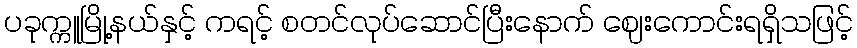
ပခုက္ကူမြို့နယ်နှင့် ကရင့် စတင်လုပ်ဆောင်ပြီးနောက် ဈေးကောင်းရရှိသဖြင့်